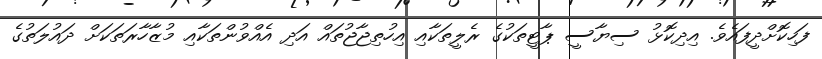
ފަހިކޮށްދީފައެވެ. އިދިކޮޅު ސިޔާސީ ޕާޓީތަކުގެ ރެލީތަކާއި އިހުތިޖާޖުތައް އަދި އެއްވުންތަކާއި މުޒާހާރަތަކަށް ދައުލަތުގެ